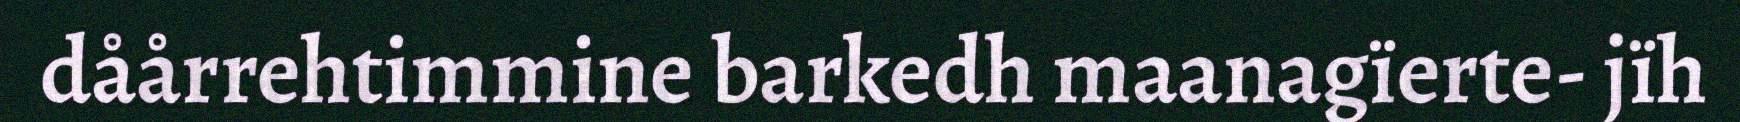
dåårrehtimmine barkedh maanagïerte- jïh